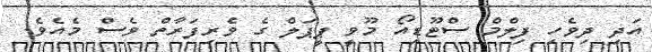
އަދި ދިވެހި ފިލްމް ސްޓޫޑިއޯ މޫވީ ޕީޕަލް ގެ ވެރިފަރާތް ވެސް މެއެވެ.